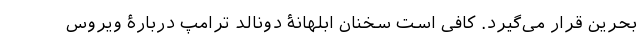
بحرین قرار می‌گیرد. کافی است سخنان ابلهانۀ دونالد ترامپ دربارۀ ویروس